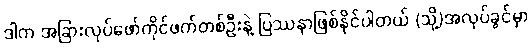
ဒါက အခြားလုပ်ဖော်ကိုင်ဖက်တစ်ဦးနဲ့ ပြဿနာဖြစ်နိုင်ပါတယ် (သို့)အလုပ်ခွင်မှာ